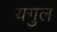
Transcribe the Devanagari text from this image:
यगुल